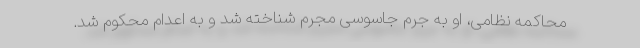
محاکمه نظامی، او به جرم جاسوسی مجرم شناخته شد و به اعدام محکوم شد.